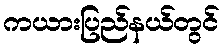
ကယားပြည်နယ်တွင်